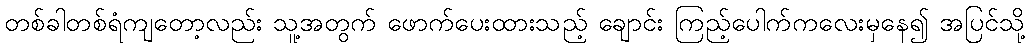
တစ်ခါတစ်ရံကျတော့လည်း သူ့အတွက် ဖောက်ပေးထားသည့် ချောင်း ကြည့်ပေါက်ကလေးမှနေ၍ အပြင်သို့